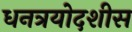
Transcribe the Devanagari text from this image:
धनत्रयोदशीस